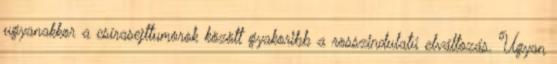
ugyanakkor a csírasejttumorok között gyakoribb a rosszindulatú elváltozás. Ugyan